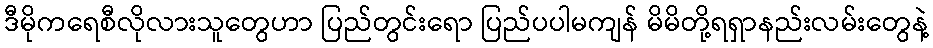
ဒီမိုကရေစီလိုလားသူတွေဟာ ပြည်တွင်းရော ပြည်ပပါမကျန် မိမိတို့ရရှာနည်းလမ်းတွေနဲ့